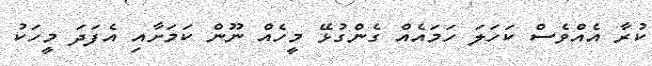
ކުރާ އެއްވެސް ކަހަލަ ހަމައެއް ގެންގުޅޭ މީހެއް ނޫން ކަމަށާއި އެފަދަ މީހަކު